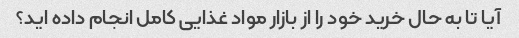
آیا تا به حال خرید خود را از بازار مواد غذایی کامل انجام داده اید؟